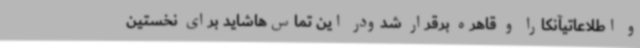
و اطلاعاتیآنکارا و قاهره برقرار شدودر این تماس‌هاشاید برای نخستین